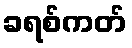
ခရစ်ကတ်